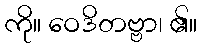
ကို။ ဝေဒိတဗ္ဗာ၊ ၏။